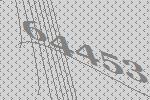
64453